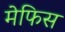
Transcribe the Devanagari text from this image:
मेफिस